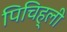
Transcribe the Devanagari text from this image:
पिचिह्ली